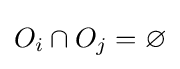
O_{i}\cap O_{j}=\varnothing